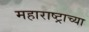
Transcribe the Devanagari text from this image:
महाराष्‍ट्राच्या